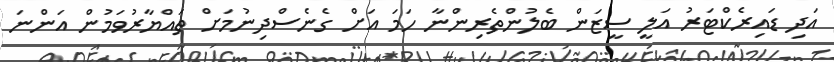
އަދި ޑައިރެކްޓަރު އަލީ ސީޒަން ބެލުންތެރިންނާ ހަމަ އަށް ގެނެސްދިނުމަށް ތައްޔާރުވަމުން އަންނަ